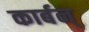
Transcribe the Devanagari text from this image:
कार्बन्